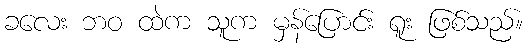
ခလေး ဘဝ ထဲက သူက မှန်ပြောင်း ရူး ဖြစ်သည်။